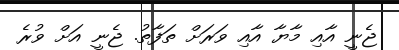
ޖެނީ އާއި މާޔާ އާއި ވަރަށް ތަފާތު. ޖެނީ އަށް ވުރެ